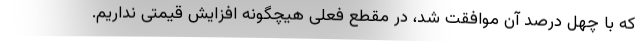
که با چهل درصد آن موافقت شد، در مقطع فعلی هیچگونه افزایش قیمتی نداریم.